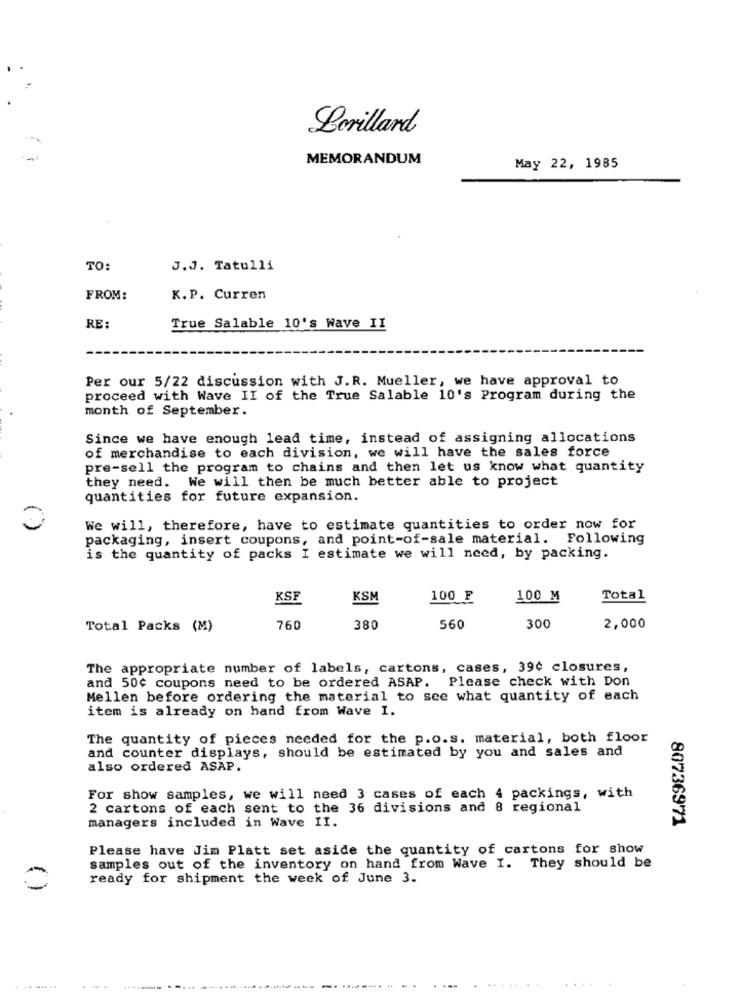
Berillard
MEMORANDUM
May 22, 1985
TO:
J.J. Tatulli
FROM:
K.P. Curren
RE:
True Salable 10's Wave II
Per our 5/22 discussion with J.R. Mueller, we have approval to
proceed with Wave II of the True Salable 10's Program during the
month of September.
Since we have enough lead time, instead of assigning allocations
of merchandise to each division, we will have the sales force
pre-sell the program to chains and then let us know what quantity
they need. We will then be much better able to project
quantities for future expansion.
We will, therefore, have to estimate quantities to order now for
packaging, insert coupons, and point-of-sale material. Following
is the quantity of packs I estimate we will need, by packing.
KSF
KSM
100 F
100 M
Total
300
Total Packs (M)
760
380
560
2,000
The appropriate number of labels, cartons, cases, 39¢ closures,
and 50¢ coupons need to be ordered ASAP. Please check with Don
Mellen before ordering the material to see what quantity of each
item is already on hand from Wave I.
The quantity of pieces needed for the p.o.s. material, both floor
and counter displays, should be estimated by you and sales and
also ordered ASAP.
For show samples, we will need 3 cases of each 4 packings, with
2 cartons of each sent to the 36 divisions and 8 regional
managers included in Wave II.
80736971
Please have Jim Platt set aside the quantity of cartons for show
samples out of the inventory on hand from Wave I. They should be
ready for shipment the week of June 3.